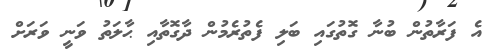
އެ ފަރާތުން ބުނާ ގޮތުގައި ބަލި ފެތުރެމުން ދާގޮތާއި ޙާލަތު ވަނީ ވަރަށް